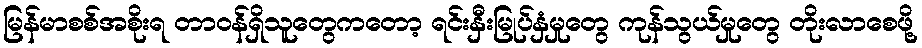
မြန်မာစစ်အစိုးရ တာဝန်ရှိသူတွေကတော့ ရင်းနှီးမြုပ်နှံမှုတွေ ကုန်သွယ်မှုတွေ တိုးလာစေဖို့